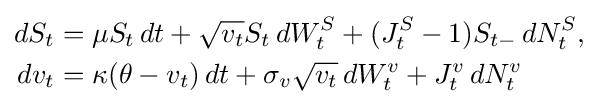
{\begin{aligned}dS_{t}&=\mu S_{t}\,dt+{\sqrt {v_{t}}}S_{t}\,dW_{t}^{S}+(J_{t}^{S}-1)S_{t-}\,dN_{t}^{S},\\dv_{t}&=\kappa (\theta -v_{t})\,dt+\sigma _{v}{\sqrt {v_{t}}}\,dW_{t}^{v}+J_{t}^{v}\,dN_{t}^{v}\end{aligned}}